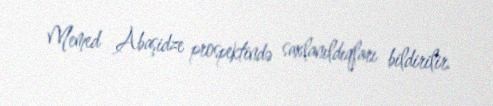
Memed Abaşidze prospektində saxlanıldıqları bildirilir.